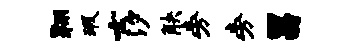
翱瑕士汐觖旁旁昌